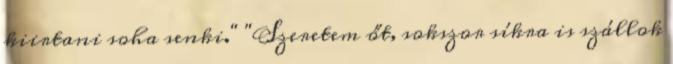
kiirtani soha senki." "Szeretem őt, sokszor síkra is szállok